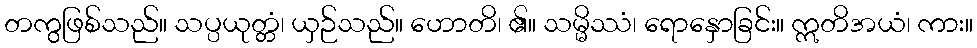
တကွဖြစ်သည်။ သပ္ပယုတ္တံ၊ ယှဉ်သည်။ ဟောတိ၊ ၏။ သမ္မိဿံ၊ ရောနှောခြင်း။ ဣတိအယံ၊ ကား။